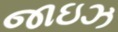
જાઇઝ